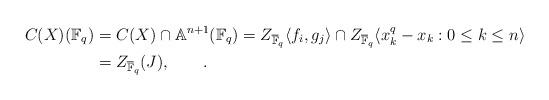
LaTeX: \begin{align*}C(X)({\mathbb F}_q)&=C(X)\cap {\mathbb A}^{n+1}({\mathbb F}_q)=Z_{\overline{\mathbb F}_q}\langle f_i,g_j\rangle\cap Z_{\overline{\mathbb F}_q}\langle x_k^q-x_k: 0\leq k\leq n\rangle\\&=Z_{\overline{\mathbb F}_q}(J),\qquad.\end{align*}